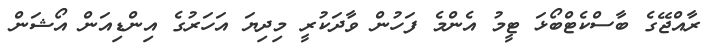
ރާއްޖޭގެ ބާސްކެޓްބޯޅަ ޓީމު އެންމެ ފަހުން ވާދަކުރީ މިދިޔަ އަހަރުގެ އިންޑިއަން އޯޝަން